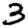
Digit: 3